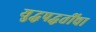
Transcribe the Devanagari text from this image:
युद्धपद्धतींचा